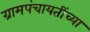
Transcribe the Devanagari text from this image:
ग्रामपंचायतींच्या